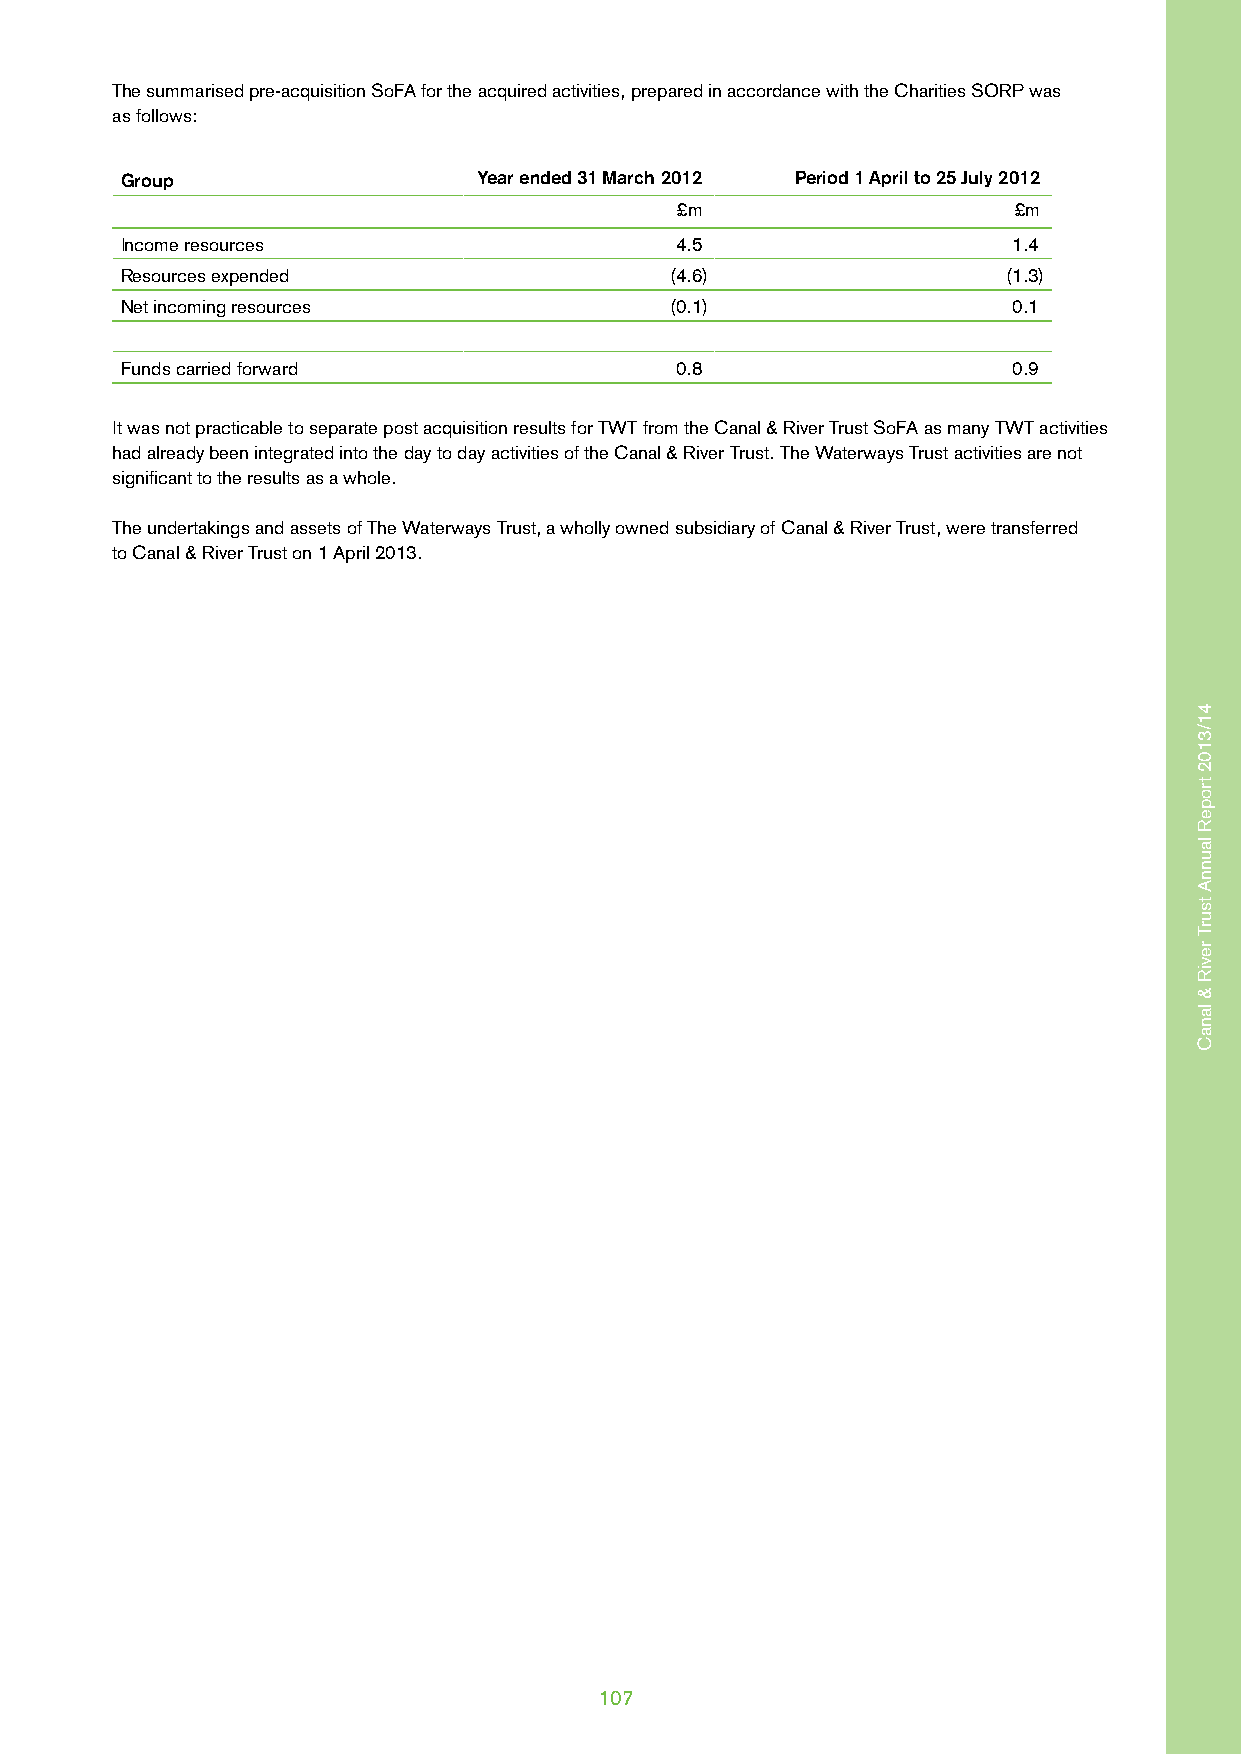
The summarised pre-acquisition SoFA for the acquired activities, prepared in accordance with the Charities SORP was
 as follows:
 Group                   Year ended 31 March 2012 Period 1 April to 25 July 2012
 £m                    £m
 Income resources                     4.5                   1.4
 Resources expended                  (4.6)                  (1.3)
 Net incoming resources              (0.1)                  0.1
 Funds carried forward                0.8                   0.9
 It was not practicable to separate post acquisition results for TWT from the Canal & River Trust SoFA as many TWT activities
 had already been integrated into the day to day activities of the Canal & River Trust. The Waterways Trust activities are not
 significant to the results as a whole.
 The undertakings and assets of The Waterways Trust, a wholly owned subsidiary of Canal & River Trust, were transferred
 to Canal & River Trust on 1 April 2013.
 107
 41/3102
 tropeR
 launnA
 tsurT
 reviR
 &
 lanaC
 41/3102
 tropeR
 launnA
 tsurT
 reviR
 &
 lanaC